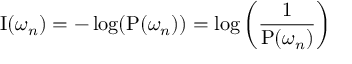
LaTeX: \operatorname { I } ( \omega _ { n } ) = - \log ( \operatorname { P } ( \omega _ { n } ) ) = \log \left( { \frac { 1 } { \operatorname { P } ( \omega _ { n } ) } } \right)